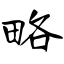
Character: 略